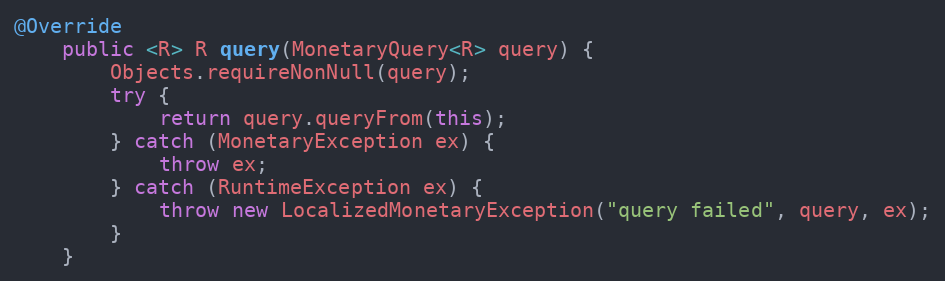
Language: Java
@Override
    public <R> R query(MonetaryQuery<R> query) {
        Objects.requireNonNull(query);
        try {
            return query.queryFrom(this);
        } catch (MonetaryException ex) {
            throw ex;
        } catch (RuntimeException ex) {
            throw new LocalizedMonetaryException("query failed", query, ex);
        }
    }